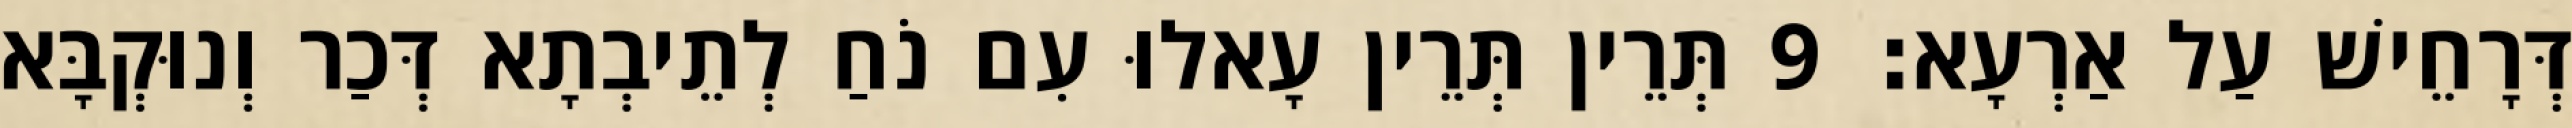
דְּרָחֵישׁ עַל אַרְעָא׃ 9 תְּרֵין תְּרֵין עָאלוּ עִם נֹחַ לְתֵיבְתָא דְּכַר וְנוּקְבָּא